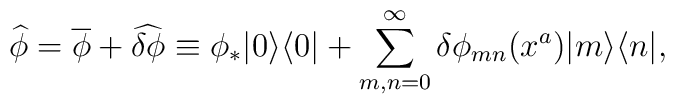
\widehat{\phi}=\overline{\phi}+\widehat{\delta\phi}\equiv\phi_*|0\rangle\langle 0|+\sum_{m,n=0}^{\infty}\delta\phi_{mn}(x^a)|m\rangle\langle n|,